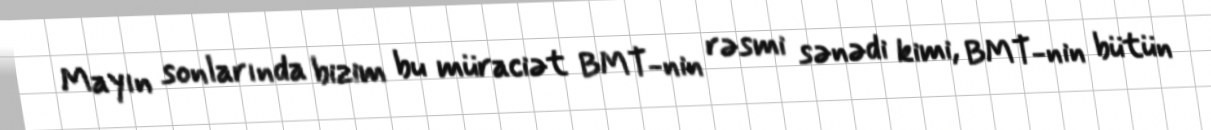
Mayın sonlarında bizim bu müraciət BMT-nin rəsmi sənədi kimi, BMT-nin bütün